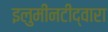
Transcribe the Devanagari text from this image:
इलुमीनटीद्वारा